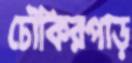
চৌকিরপাড়